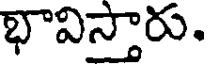
భావిస్తారు.